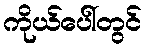
ကိုယ်ပေါ်တွင်